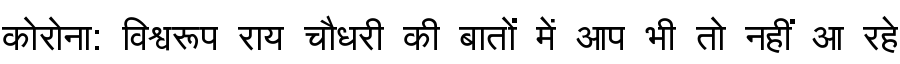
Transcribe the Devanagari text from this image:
कोरोना: विश्वरूप राय चौधरी की बातों में आप भी तो नहीं आ रहे